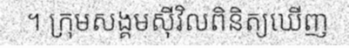
។ ក្រុមសង្គមស៊ីវិលពិនិត្យឃើញ